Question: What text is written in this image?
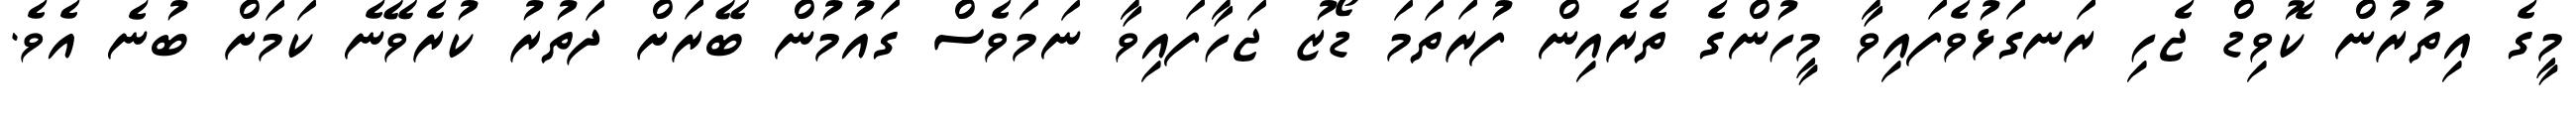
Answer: މީގެ އިތުރުން ކޮވިޑް ޖެހި ރަނގަޅުވެފައިވާ މީހުންގެ ތެރެއިން ފުރަތަމަ ޑޯޒު ޖަހާފައިވާ ނަމަވެސް ގައުމުން ބޭރަށް ދަތުރު ކުރެވޭނެ ކަމަށް ބުނެ އެވެ.